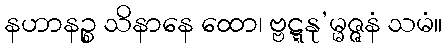
နဟာနဉ္စ သိနာနေ ထော၊ ဗ္ဗဋ္ဋနု’မ္မဇ္ဇနံ သမံ။